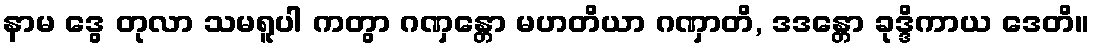
နာမ ဒွေ တုလာ သမရူပါ ကတွာ ဂဏှန္တော မဟတိယာ ဂဏှာတိ, ဒဒန္တော ခုဒ္ဒိကာယ ဒေတိ။